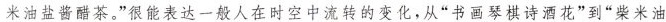
米油盐酱醋茶。”很能表达一般人在时空中流转的变化，从“书画琴棋诗酒花”到“柴米油